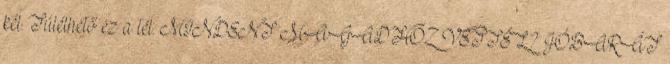
kél. Túlélhető ez a tél. MINDENT MAGADHOZ VETTÉL? JÓBARÁT